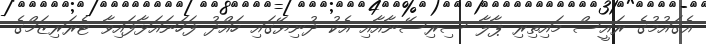
އެގައުމުގެ ރައީސް މައިތިރި ޕާލާ ސިރިސޭނާއާއި އެކު ދުނިޔޭގައި ހައްދު ފަހަނައަޅާފައިވާ ޓެރަރިޒަމްގެ